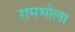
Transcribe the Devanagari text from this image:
रामभोला